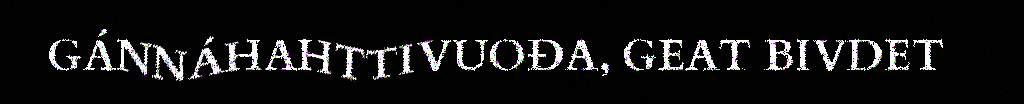
GÁNNÁHAHTTIVUOĐA, GEAT BIVDET